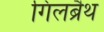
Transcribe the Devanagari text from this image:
गिलब्रैथ